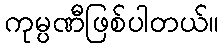
ကုမ္ပဏီဖြစ်ပါတယ်။